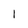
Character: 1